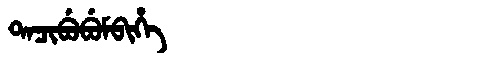
Manchu: ᡨᠠᠴᡳᠪᡠᠪᡠᠮᠪᡳᡥᡝ
Romanization: TACIBUBUMBIHE